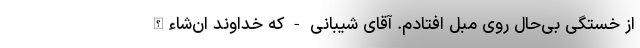
از خستگی بی‌حال روی مبل افتادم. آقای شیبانی - که خداوند ان‌شاءالله